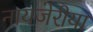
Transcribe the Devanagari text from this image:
नायजेरीया